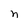
Character: n